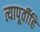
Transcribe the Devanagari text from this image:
त्यापूर्वीहि